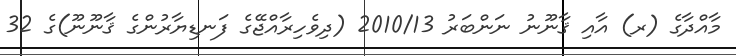
މާއްދާގެ (ރ) އާއި ޤާނޫނު ނަންބަރު 2010/13 (ދިވެހިރާއްޖޭގެ ފަނޑިޔާރުންގެ ޤާނޫނޫ)ގެ 32